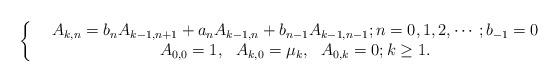
LaTeX: \begin{align*}\left\{\begin{array}{cc}&A_{k,n}=b_nA_{k-1,n+1}+a_nA_{k-1,n}+b_{n-1}A_{k-1,n-1};n= 0,1,2,\cdots; b_{-1}=0\\&A_{0,0}=1,~~ A_{k,0}=\mu_k,~~ A_{0,k}=0; k\geq 1.\end{array}\right.\end{align*}